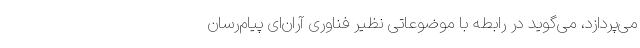
می‌پردازد، می‌گوید در رابطه با موضوعاتی نظیر فناوری آر‌ان‌ای پیام‌رسان